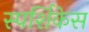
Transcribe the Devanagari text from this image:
स्पर्शिकेस